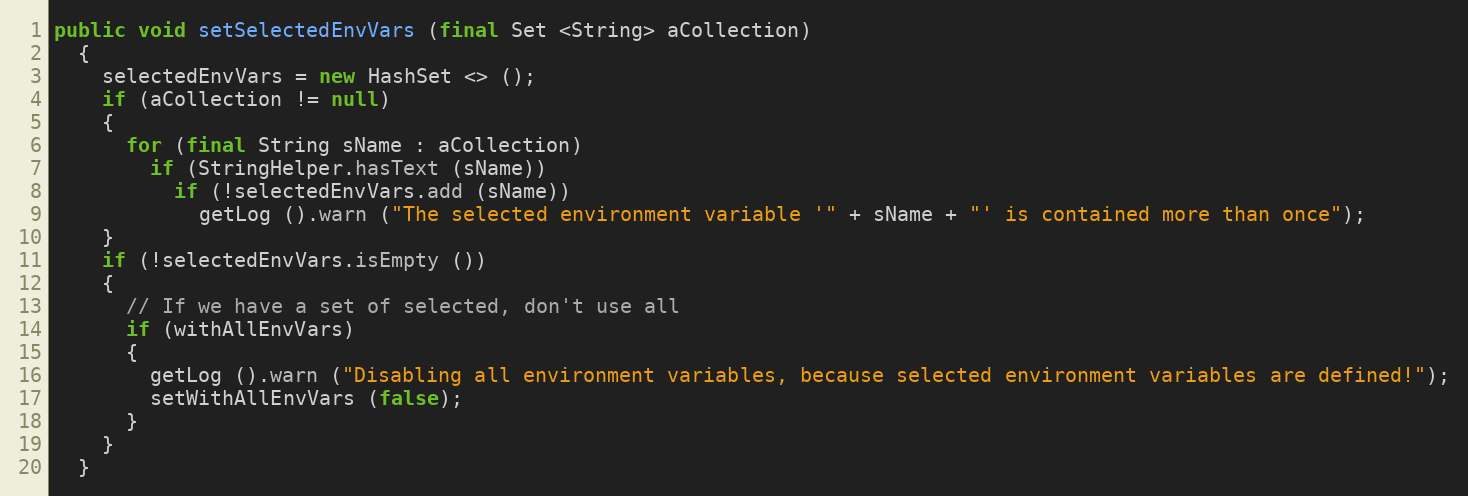
Language: Java
public void setSelectedEnvVars (final Set <String> aCollection)
  {
    selectedEnvVars = new HashSet <> ();
    if (aCollection != null)
    {
      for (final String sName : aCollection)
        if (StringHelper.hasText (sName))
          if (!selectedEnvVars.add (sName))
            getLog ().warn ("The selected environment variable '" + sName + "' is contained more than once");
    }
    if (!selectedEnvVars.isEmpty ())
    {
      // If we have a set of selected, don't use all
      if (withAllEnvVars)
      {
        getLog ().warn ("Disabling all environment variables, because selected environment variables are defined!");
        setWithAllEnvVars (false);
      }
    }
  }